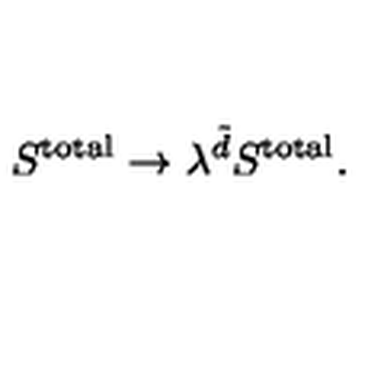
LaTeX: S ^ { \mathrm { t o t a l } } \rightarrow \lambda ^ { \tilde { d } } S ^ { \mathrm { t o t a l } } .